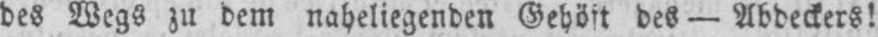
des Wegs zu dem naheliegenden Gehöft des - Abdeckers!